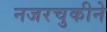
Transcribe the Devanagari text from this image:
नजरचुकीने